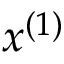
x ^ { ( 1 ) }